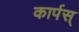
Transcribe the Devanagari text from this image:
कार्पस्